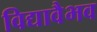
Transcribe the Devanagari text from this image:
विद्यावैभव